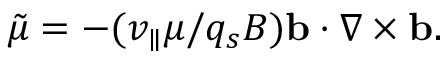
\tilde { \mu } = - ( v _ { \parallel } \mu / q _ { s } B ) \mathbf { b } \cdot \nabla \times \mathbf { b } .